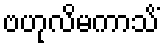
ဗဟုလိမကာသိံ